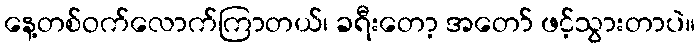
နေ့တစ်ဝက်လောက်ကြာတယ်၊ ခရီးတော့ အတော် ဖင့်သွားတာပဲ။